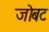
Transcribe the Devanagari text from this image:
जोबट